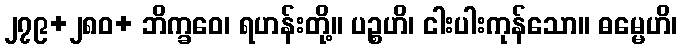
၂၇၉+၂၈၀+ ဘိက္ခဝေ၊ ရဟန်းတို့။ ပဉ္စဟိ၊ ငါးပါးကုန်သော။ ဓမ္မေဟိ၊